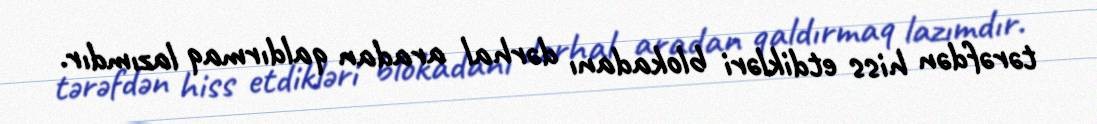
tərəfdən hiss etdikləri blokadanı dərhal aradan qaldırmaq lazımdır.